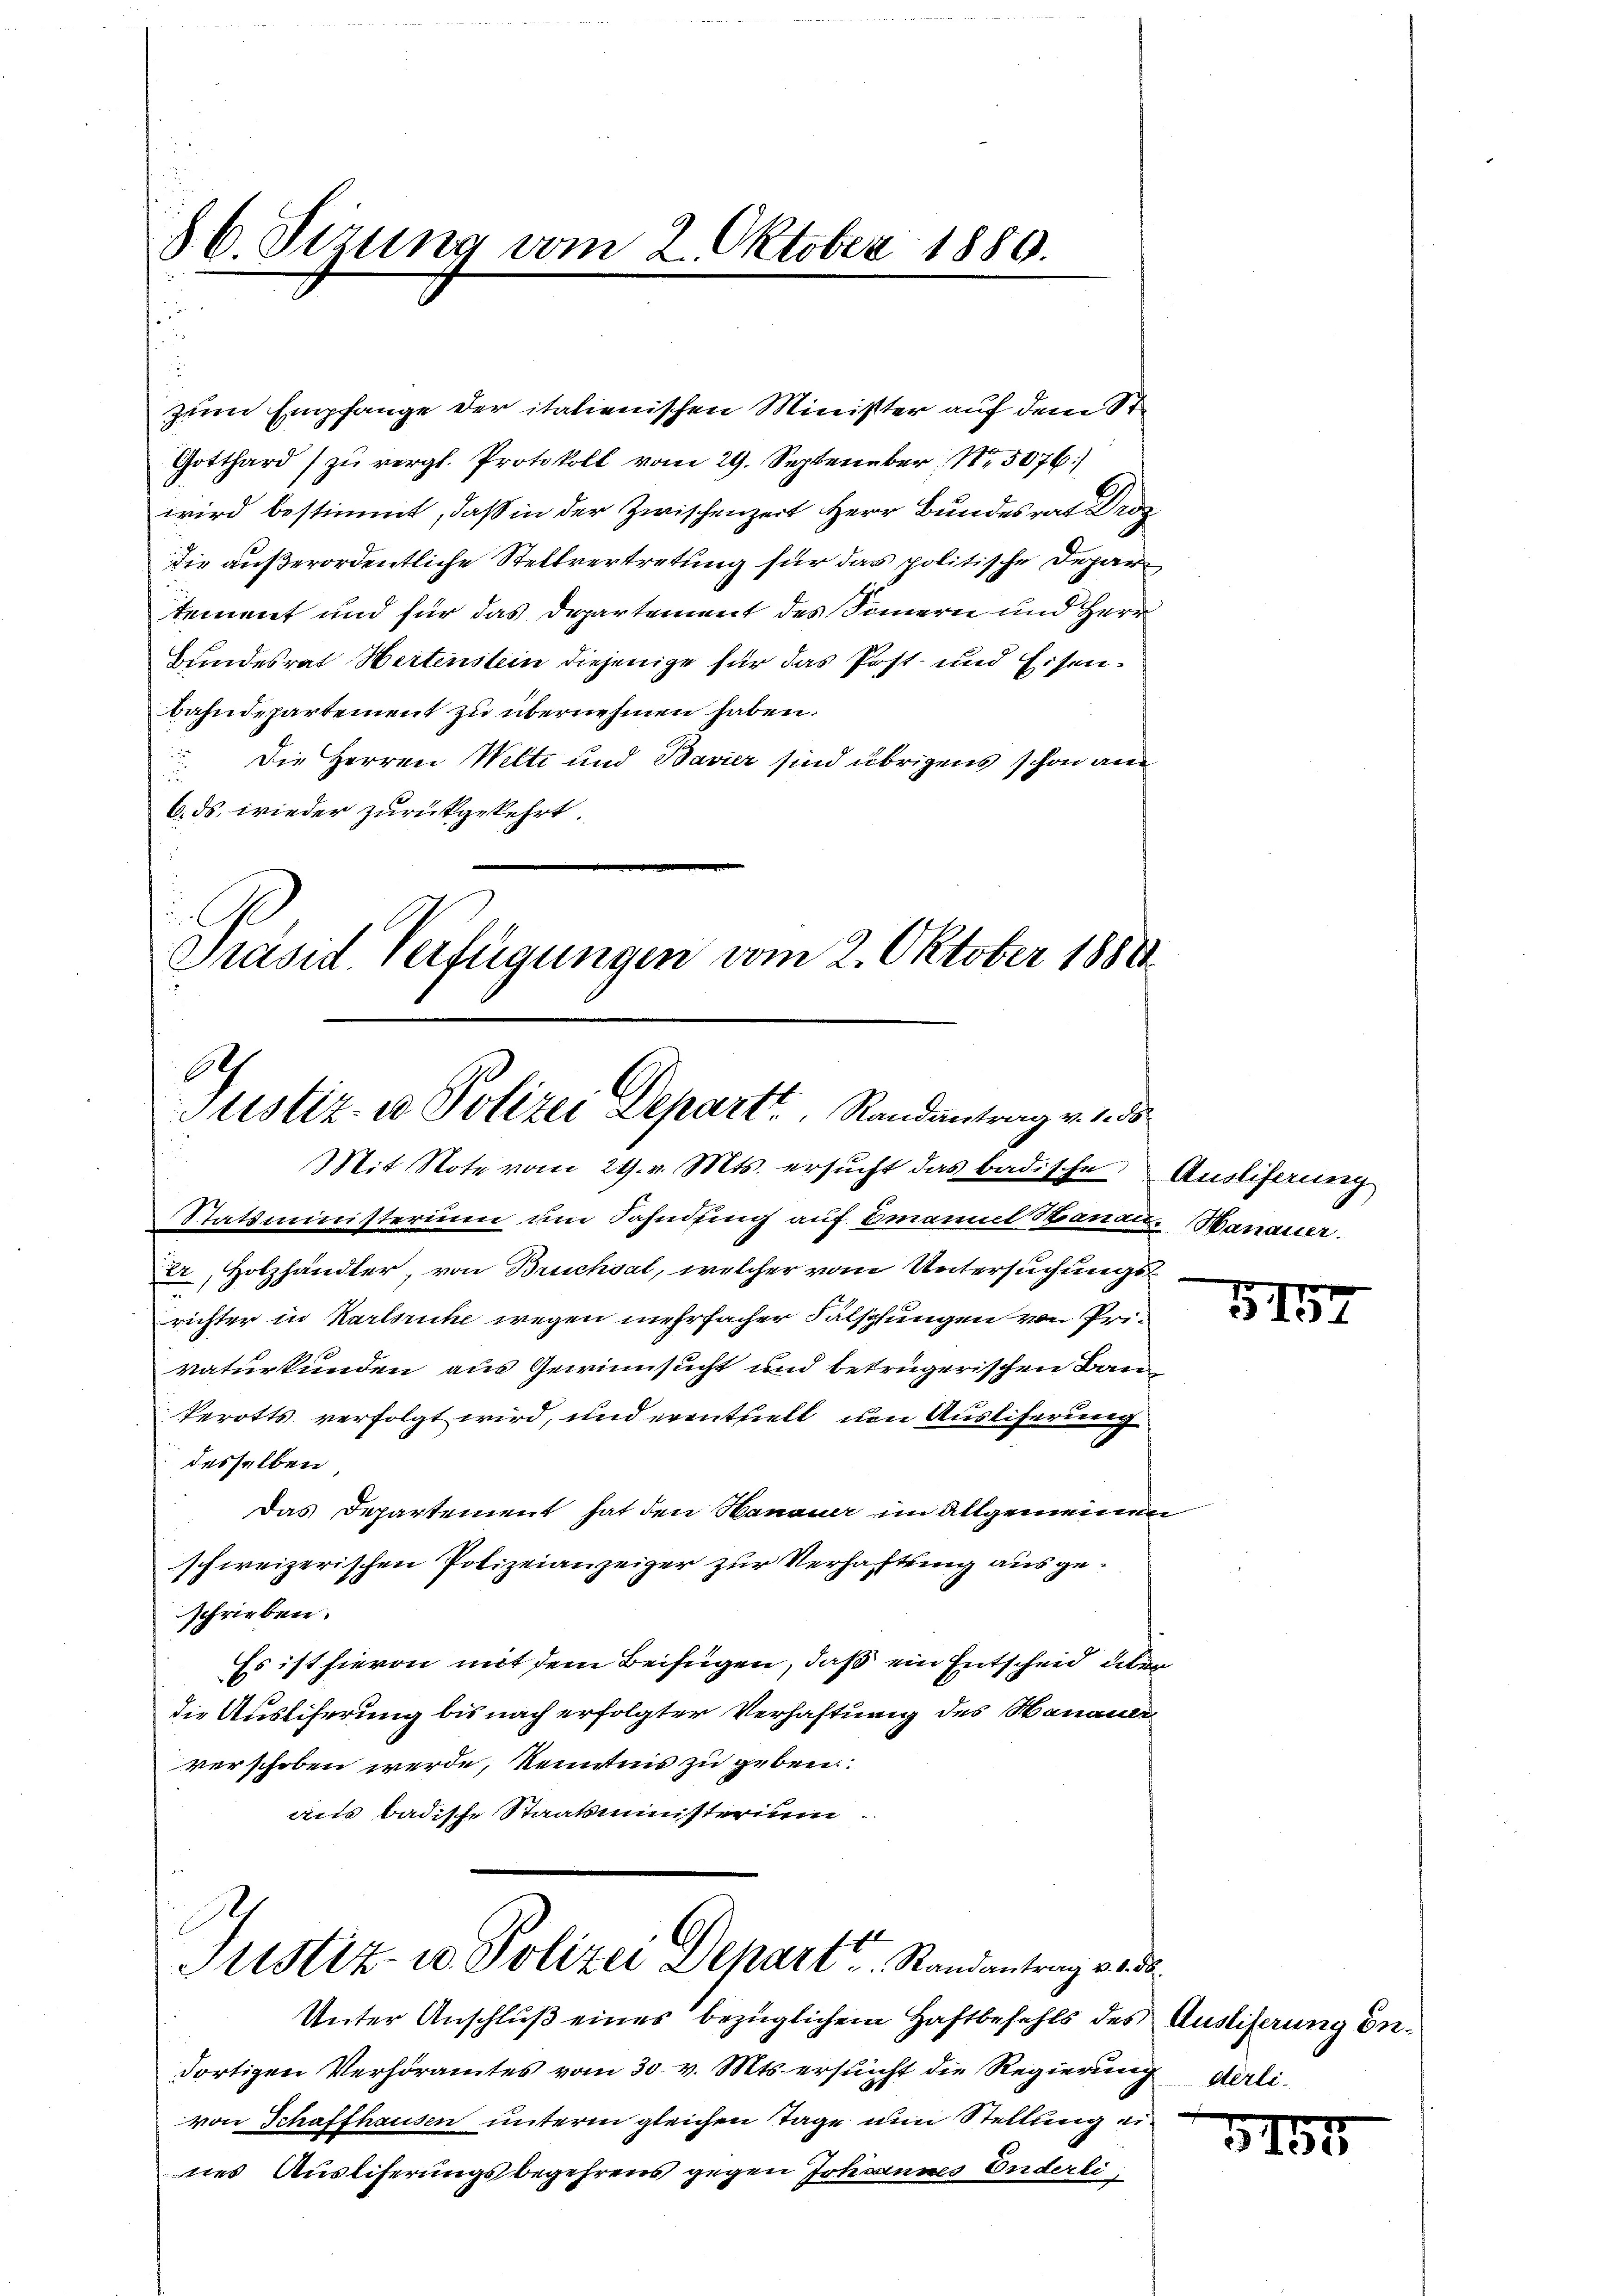
§ 6. Sizung vom 2. Oktober 1880.

bahndepartement zu übernehmen haben.
 Die Herren Welti und Bavier sind übrigens schon am
6. ds. wieder zurückgekehrt.
i
Präsid. Verfügungen vom 2. Oktober 1888

zum Empfange der italienischen Minister auf dem St.
Gotthard zŭ vergl. Protokoll vom 29. September N. 5076)
wird bestimmt, daß in der Zwischenzeit Herr Bundesrat Dr
die außerordentliche Stellvertretung für das politische Depar
tement und für das Departement des Simmern und Herr
Bundesrat Hertenstein diejenige für das Post- und Eisen¬

90
Justiz- u Polizei Depart Randantrag v. 1. 55
Mit Note vom 29. v. Mts. ersŭcht das badische Ausliferung

Statsministerium um Fahndung auf Emanuel Hanau Hanauer.
Er, Holzhändler, von Bruchsal, welcher vom Untersuchungse
richter in Karlsruhe wegen mehrfacher Fälschungen von Privaturkunden aus Gewinnsucht und betrügerischen Bau¬
Perotts verfolgt wird, und eventuell um Auslieferung
desselben,
Das Departement hat den Hanauer im Allgemeinden
schweizerischen Polizeianzeiger zur Verhaftung ausgeschrieben.
Es ist hievon mit dem Beifügen, daß ein Entscheid deben
die Ausliferung bis nach erfolgter Verhaftung des Hanauer
verschoben werde, Kenntnis zu geben.
aus badische Staatsministerium.

Justiz u. Polizei Depart. Randantrag werde.

Unter Anschluß eines bezüglichem Haftbefehls des Ausliserung undortigen Verhöramtes vom 30. v. Mts. ersucht die Regierung derlivon Schaffhausen unterm gleichen Tage nun Stellung eines Ausliferungsbegehrens gegen Johsannes Enderli¬

e
B 157

5194